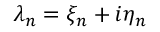
\lambda _ { n } = \xi _ { n } + i \eta _ { n }